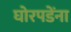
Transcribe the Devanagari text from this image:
घोरपडेंना